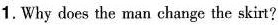
1.Why does the man change the skirt?